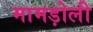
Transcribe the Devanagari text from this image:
मामड़ोली